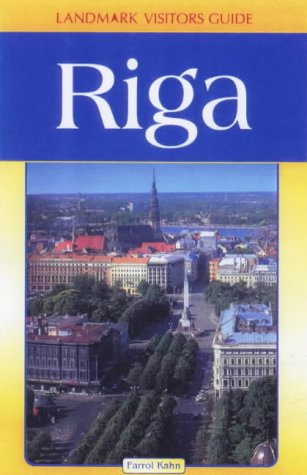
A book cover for Landmark Visitors Guide: Riga and Its Beaches (Landmark Visitors Guide Riga) (Landmark Visitors Guide Riga & the Beaches); Hunter Publishing; Travel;